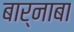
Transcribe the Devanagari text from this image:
बार्नाबा